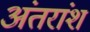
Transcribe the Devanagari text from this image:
अंतरांश